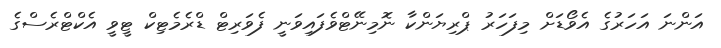
އަންނަ އަހަރުގެ އެވޯޑަށް މިފަހަރު ޕްރިޔަންކާ ނޮމިނޭޓްވެފައިވަނީ ފެވަރިޓް ޑްރެމެޓިކް ޓީވީ އެކްޓްރެސްގެ